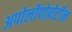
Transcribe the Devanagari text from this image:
अपोलीपोप्रोटीन